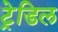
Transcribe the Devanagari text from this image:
ट्रेडिल